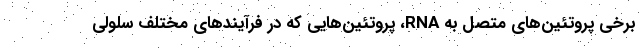
برخی پروتئین‌های متصل به RNA، پروتئین‌هایی که در فرآیندهای مختلف سلولی